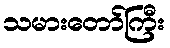
သမားတော်ကြီး